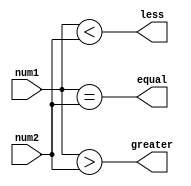
module comparator_32bit (
    input [31:0] num1,
    input [31:0] num2,
    output equal,
    output greater,
    output less
);

assign equal = (num1 == num2);
assign greater = (num1 > num2);
assign less = (num1 < num2);

endmodule